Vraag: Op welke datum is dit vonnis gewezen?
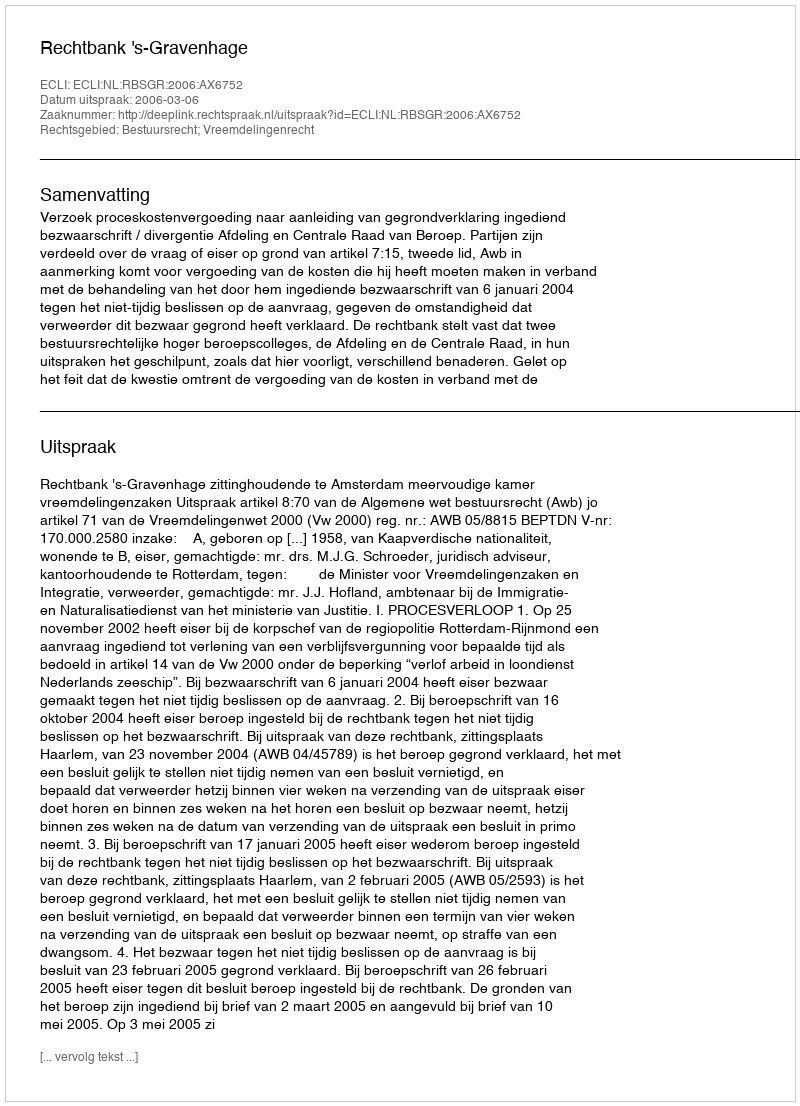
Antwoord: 2006-03-06